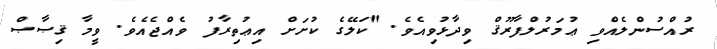
ރުއްސުންލެއްވި ޢުމަރުލްފާރޫޤް ވިދާޅުވިއެވެ. "ކަލޭގެ ކުށަށް އިޢުތިރާފު ވެއްޖެއެވެ. ވީމާ ޤިޞާޞް